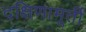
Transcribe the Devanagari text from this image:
दक्षिणामूर्ती